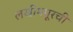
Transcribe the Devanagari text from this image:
लखीमपूरची